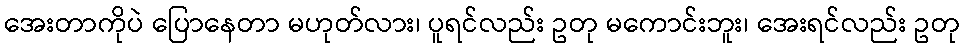
အေးတာကိုပဲ ပြောနေတာ မဟုတ်လား၊ ပူရင်လည်း ဥတု မကောင်းဘူး၊ အေးရင်လည်း ဥတု